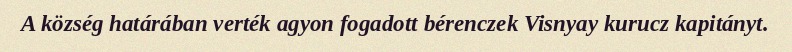
A község határában verték agyon fogadott bérenczek Visnyay kurucz kapitányt.